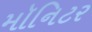
મૉનિટર